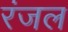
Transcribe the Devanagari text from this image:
रंजल